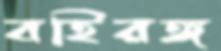
বহিরঙ্গ